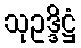
သုဥဒ္ဒိဋ္ဌံ